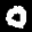
Label: 0